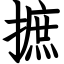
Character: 摭